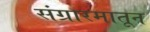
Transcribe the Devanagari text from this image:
संग्रारमातून